Memorandum on the prevention of leprosy by segregation of the affected
Disease focus: Leprosy
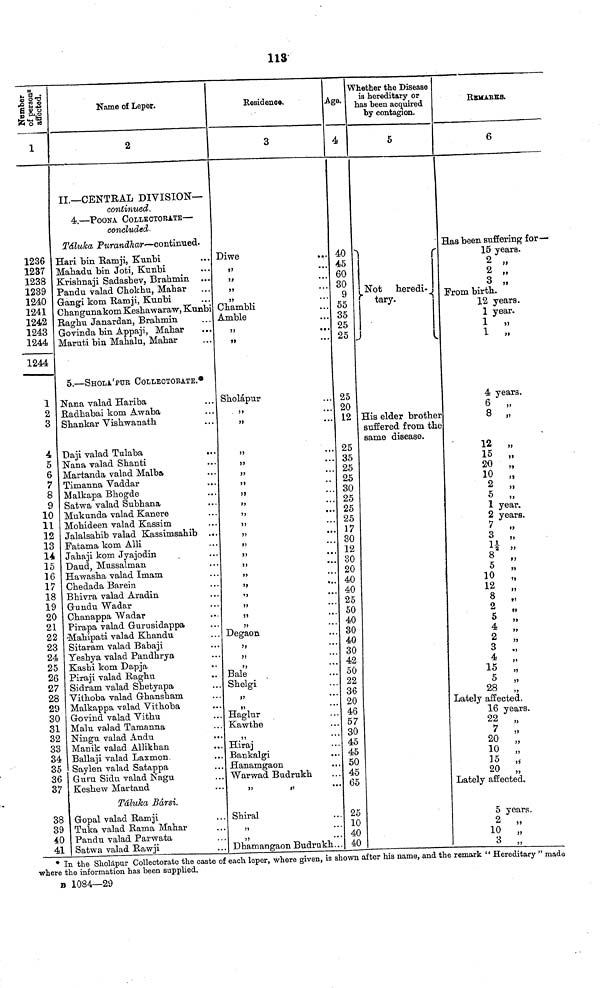
113
Number of persons afiected.
1
1236
1237
1238
1239
1240
1241
1242
1243
1244
1244
1
2
3
4
5
6
7
8
9
10
11
12
13
14
15
16
17
18
19
20
21
22
23
24
25
26
27
28
29
30
31
32
33
34
35
36
37
38
39
40
41
Name of Leper.
2
II.—CENTRAL DIVISION—
continued,
4.—POONA COLLECTOIUTE—
concluded-
Táluka Purandhar—continued.
Hari bin Ramji, Kunbi
Mahadu bin Joti, Kunbi
Krishnaji Sadashev, Brahmin
Pandu valad Chokhu, Mahar
Gangi kom Ramji, Kunbi
Changunakom Keshawaraw, Kunbi
Raghu Janardan, Bralimin
Govinda bin Appaji, Mahar
Maruti bin Mahalu, Mahar
5.—SHOLA PUR COLLECTOBA.TE.*
Nana valad Hariba
Radhabai kom Awaba
Shankar Vishwanath
Daji valad Tulaba
Nana valad Shanti
Martanda valad Malba
Timanna Vaddar
Malkapa Bhogde
Satwa valad Subhana
Mukunda valad Kanere
Mohideen valad Kassim
Jalalsahib valad Kassimsahib
Patama kom Alli
Jahaji kom Jyajodin
Daud, Mussalman
Hawasha valad Imam
Chedada Barein
Bhivra valad Aradin
Gundu Wadar
Ohanappa Wadar
Pirapa valad Gurusidappa
•Mahipati valad Khandu
Sitaram valad Babaji
Yeshya valad Pandhrya
Kashi kom Dapja
Piraji valad Raghu
Sidram valad Shetyapa
Vithoba valad Ghansham
Malkappa valad Vithoba
Govind valad Vithu
Malu valad Taraanna
Ningu valad Andu
Manik valad Allikhan
Ballaji valad Laxmon.
Saylen valad Satappa
Guru Sidu valad Nagu
Keshew Martand
Táluka Bársi.
Gopal valad Ramji
Tuka valad Rama Mahar
Pandu valad Parwata
Satwa valad Rawii
Residence.
3
Diwe
5)
• • .
Chambli
Arable
Sholápur
•. •
31
...
•••
• • •
•••
Degaon
Bale
Shelgi
Haglur
Kawthe
Hiraj
Bankalgi
Hanamgaon
Warwad Budrukh
Shiral
Dhamansraon Budrukh...
Age.
4
40
45
60
30
9
55
35
25
25
25
20
12
25
35
25
25
30
25
25
25
17
30
12
30
20
40
40
25
50
40
30
40
30
42
50
22
36
20
46
57
30
45
45
50
45
65
25
10
40
40
Whether the Disease
is hereditary or
has been acquired
by contagion.
5
Not heredi-
tary. tary.
J
His elder brother
suffered from the
same disease.
REMARKS.
6
Has been suffering for—
15 years.
2 „
2 „
3 „
From birth..
12 years.
1 year.
1
»
1 „
4 years.
6
„
8 „
12 „
15 „
20 „
10 „
2 „
5 „
1 year.
2 years.
7 „
3
1½
8
„
10
12
2
5
4 ,
2
3
4
5 „
28
;,
Lately affected.
16 years.
22 „
10
15 „
20 „
Lately affected.
5 years.
2 „
10 „
3 ..
* In the Sholápur Collectorate the caste of each leper, where given, is shown after his name, and the remark " Hereditary " made
where the information has been supplied.
B 1084—29